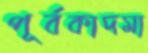
পূর্বকাদমা